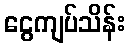
ငွေကျပ်သိန်း